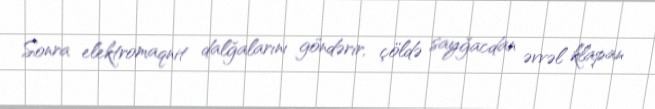
Sonra elektromaqnit dalğalarını göndərir, çöldə sayğacdan əvvəl klapan